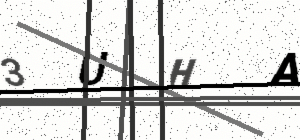
Text: 3UHA